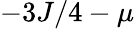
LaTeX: -3J/4-\mu